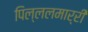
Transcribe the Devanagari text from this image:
पिल्‍ललमार्री